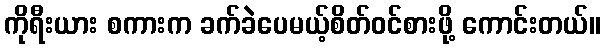
ကိုရီးယား စကားက ခက်ခဲပေမယ့်စိတ်ဝင်စားဖို့ ကောင်းတယ်။